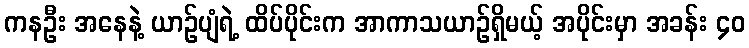
ကနဦး အနေနဲ့ ယာဉ်ပျံရဲ့ ထိပ်ပိုင်းက အာကာသယာဉ်ရှိမယ့် အပိုင်းမှာ အခန်း ၄၀